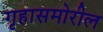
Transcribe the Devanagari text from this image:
गृहासमोरील